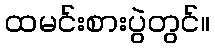
ထမင်းစားပွဲတွင်။